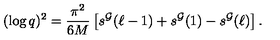
( \log q ) ^ { 2 } = \frac { \pi ^ { 2 } } { 6 M } \left[ s ^ { \cal G } ( \ell - 1 ) + s ^ { \cal G } ( 1 ) - s ^ { \cal G } ( \ell ) \right] .